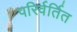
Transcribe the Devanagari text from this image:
परिर्वर्तित